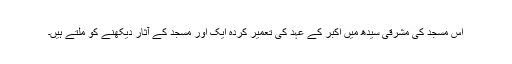
اس مسجد کی مشرقی سیدھ میں اکبر کے عہد کی تعمیر کردہ ایک اور مسجد کے آثار دیکھنے کو ملتے ہیں۔